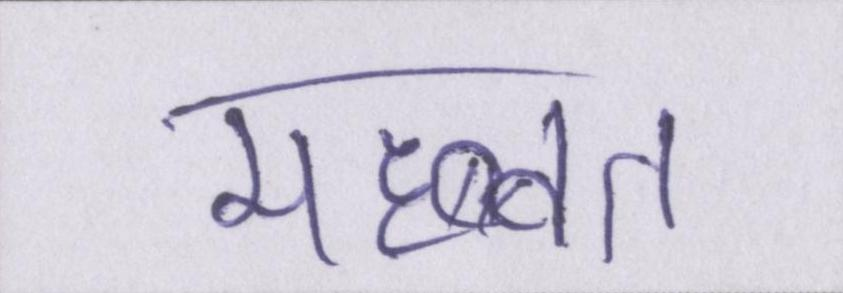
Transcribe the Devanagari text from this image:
महब्बत